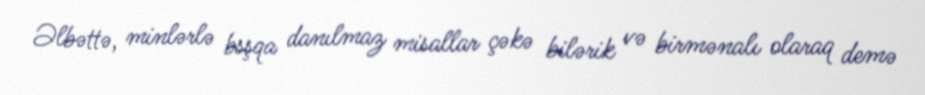
Əlbəttə, minlərlə bsşqa danılmaz misallar çəkə bilərik və birmənalı olaraq demə